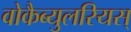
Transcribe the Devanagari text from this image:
वोकैब्युलरियस्